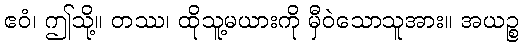
ဧဝံ၊ ဤသို့။ တဿ၊ ထိုသူ့မယားကို မှီဝဲသောသူအား။ အယဉ္စ